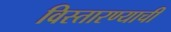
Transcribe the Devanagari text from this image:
विस्तारण्याची